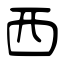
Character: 西